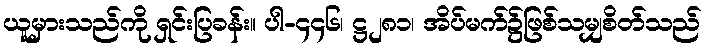
ယူမှားသည်ကို ရှင်းပြခန်း။ ပါ-၄၄၆၊ ဋ္ဌ၂၈၁၊ အိပ်မက်၌ဖြစ်သမျှစိတ်သည်